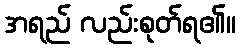
အရည် လည်းစုတ်ရ၏။